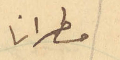
مطرانًا